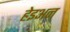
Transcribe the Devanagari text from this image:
हेइअन